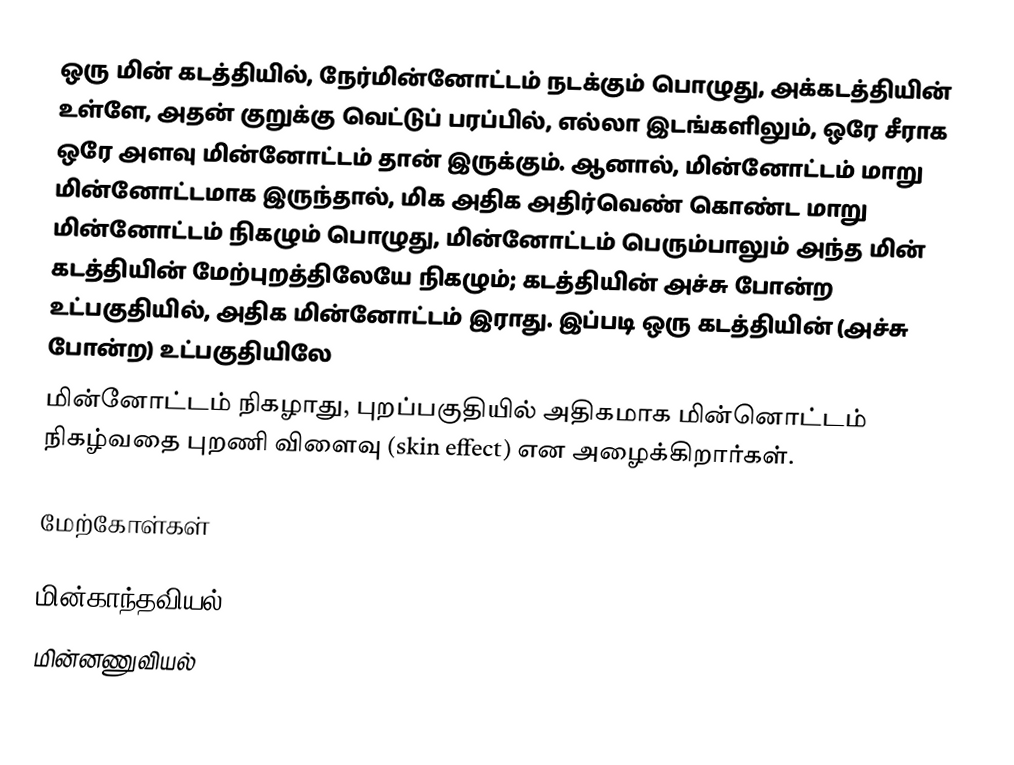
ஒரு மின் கடத்தியில், நேர்மின்னோட்டம் நடக்கும் பொழுது, அக்கடத்தியின் உள்ளே, அதன் குறுக்கு வெட்டுப் பரப்பில், எல்லா இடங்களிலும், ஒரே சீராக ஒரே அளவு மின்னோட்டம் தான் இருக்கும். ஆனால், மின்னோட்டம் மாறு மின்னோட்டமாக இருந்தால், மிக அதிக அதிர்வெண் கொண்ட மாறு மின்னோட்டம் நிகழும் பொழுது, மின்னோட்டம் பெரும்பாலும் அந்த மின் கடத்தியின் மேற்புறத்திலேயே நிகழும்; கடத்தியின் அச்சு போன்ற உட்பகுதியில், அதிக மின்னோட்டம் இராது. இப்படி ஒரு கடத்தியின் (அச்சு போன்ற) உட்பகுதியிலே
மின்னோட்டம் நிகழாது, புறப்பகுதியில் அதிகமாக மின்னொட்டம் நிகழ்வதை புறணி விளைவு (skin effect) என அழைக்கிறார்கள்.

மேற்கோள்கள்

மின்காந்தவியல்
மின்னணுவியல்